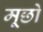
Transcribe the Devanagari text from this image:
मूछो